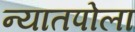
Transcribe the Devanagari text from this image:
न्यातपोला